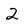
Character: 2